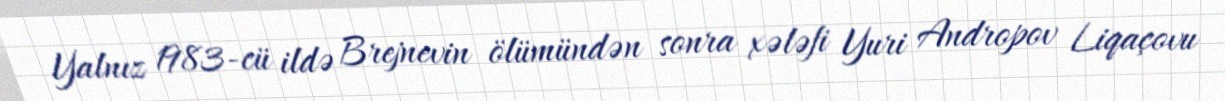
Yalnız 1983-cü ildə Brejnevin ölümündən sonra xələfi Yuri Andropov Liqaçovu